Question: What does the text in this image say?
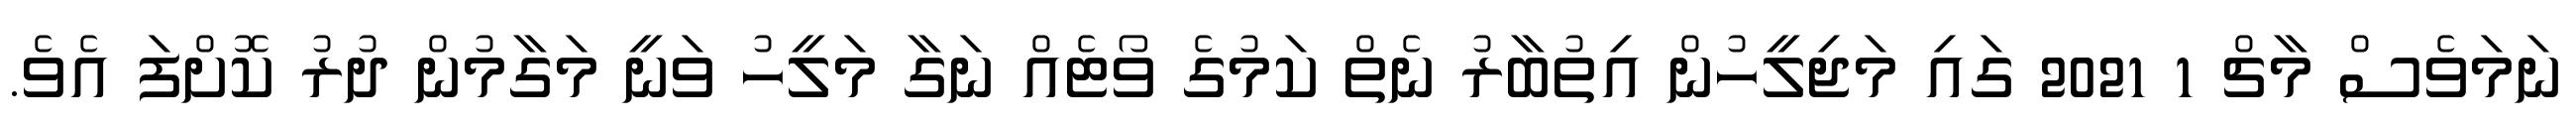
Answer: ނަމަވެސް މާޗް 1 2021 ގައި މަޖިލީހުން އިތުބާރު ނެތް ކަމުގެ ވޯޓެއް ނަގާ މަލީހު ވަނީ މަގާމުން ދުރު ކޮށްފަ އެވެ.